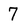
Character: 7